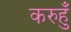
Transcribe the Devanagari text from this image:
करुहुँ